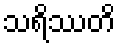
သရိဿတိ